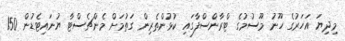
މިދިޔަ އަހަރުގެ ހޫނު މޫސުމުގެ ޓްރާންސްފާގައި ކުޅުންތެރިން ގަތުމަށް މެންޗެސްޓާ ޔުނައިޓެޑުން 150